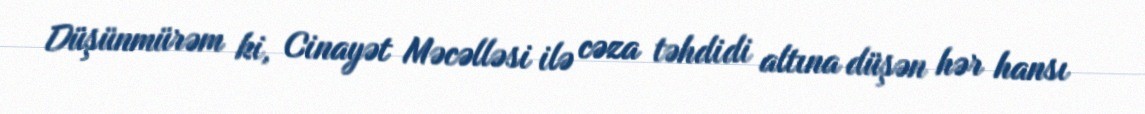
Düşünmürəm ki, Cinayət Məcəlləsi ilə cəza təhdidi altına düşən hər hansı